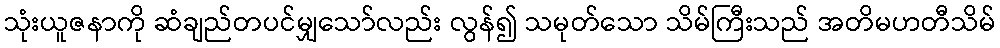
သုံးယူဇနာကို ဆံချည်တပင်မျှသော်လည်း လွန်၍ သမုတ်သော သိမ်ကြီးသည် အတိမဟတီသိမ်